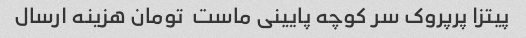
پیتزا پرپروک سر کوچه پایینی ماست  تومان هزینه ارسال